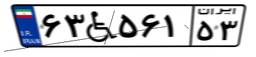
۶۳W۵۶۱۵۳